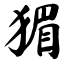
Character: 猸